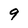
Character: 9